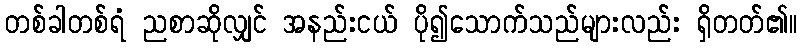
တစ်ခါတစ်ရံ ညစာဆိုလျှင် အနည်းငယ် ပို၍သောက်သည်များလည်း ရှိတတ်၏။